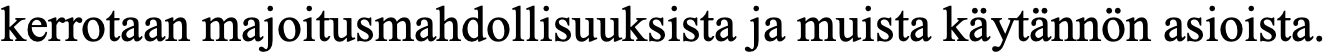
kerrotaan majoitusmahdollisuuksista ja muista käytännön asioista.